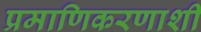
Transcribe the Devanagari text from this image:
प्रमाणिकरणाशी